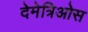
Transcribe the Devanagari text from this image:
देमेत्रिओस